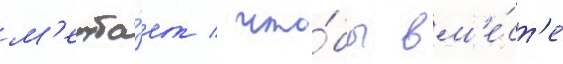
м'ечта́ет / что́бы вм'е́ст'е